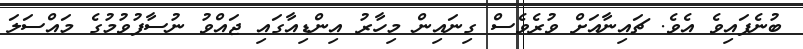
ބުނެފައިވެ އެވެ. ޗައިނާއަށް ވުރެވެސް ގިނައިން މިހާރު އިންޑިއާގައި ޖައްވު ނުސާފުވުމުގެ މައްސަލަ